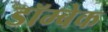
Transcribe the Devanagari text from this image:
डॉम्बेक